Annual report on the mental hospital in the Central Provinces and Berar (Nagpur) - 1927-1951
Year: 1927
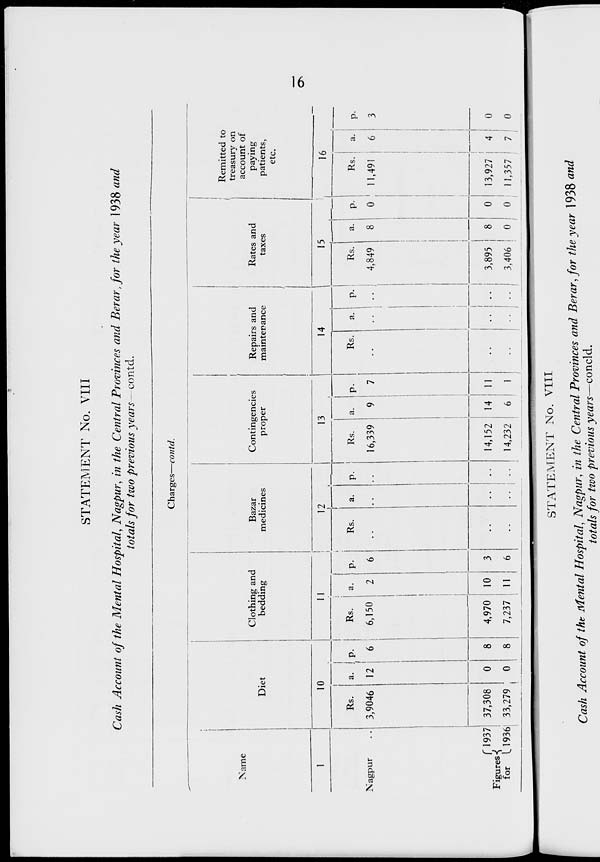
16
STATEMENT No. VIII
Cash Account of the Mental Hospital, Nagpur, in the Central Provinces and Berar, for the year 1938 and
totals for two previous years:— contd.
Charges—contd.
Name
1
Nagpur ..
Figures
for
1937
1936
Diet
10
Rs.
3,9046
37,308
33,279
a.
12
0
0
p.
6
8
8
Clothing and
bedding
11
Rs.
6,150
4,970
7,237
a.
2
10
11
p.
6
3
6
Bazar
medicines
12
Rs.
..
..
..
a.
..
..
..
p.
..
..
..
Contingencics
proper
13
Rs.
16,339
14,152
14,232
a.
9
14
6
p.
7
11
1
Repairs and
maintenance
14
Rs.
..
..
..
a.
..
..
..
p.
..
..
..
Rates and
taxes
15
Rs.
4,849
3,895
3,406
a.
8
8
0
p.
0
0
0
Remitted to
treasury on
account of
paying
patients,
etc.
16
Rs.
11,491
13,927
11,357
a.
6
4
7
p.
3
0
0